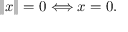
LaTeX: \| x \| = 0 \Longleftrightarrow x = 0 .